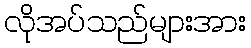
လိုအပ်သည်များအား